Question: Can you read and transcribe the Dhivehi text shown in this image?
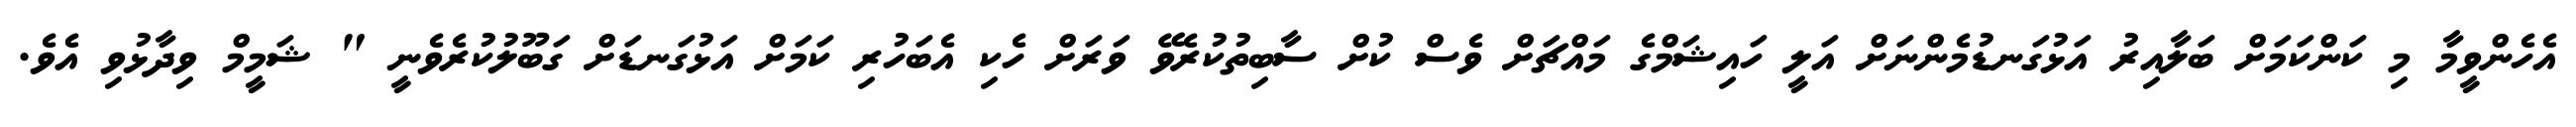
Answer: އެހެންވީމާ މި ކަންކަމަށް ބަލާއިރު އަޅުގަނޑުމެންނަށް އަލީ ހައިޝަމްގެ މައްޗަށް ވެސް ކުށް ސާބިތުކުރެވޭ ވަރަށް ހެކި އެބަހުރި ކަމަށް އަޅުގަނޑަށް ގަބޫލުކުރެވެނީ " ޝަމީމް ވިދާޅުވި އެވެ.